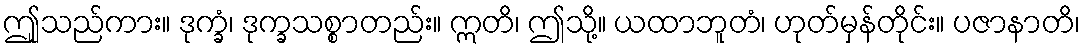
ဤူသည်ကား။ ဒုက္ခံ၊ ဒုက္ခသစ္စာတည်း။ ဣတိ၊ ဤသို့။ ယထာဘူတံ၊ ဟုတ်မှန်တိုင်း။ ပဇာနာတိ၊